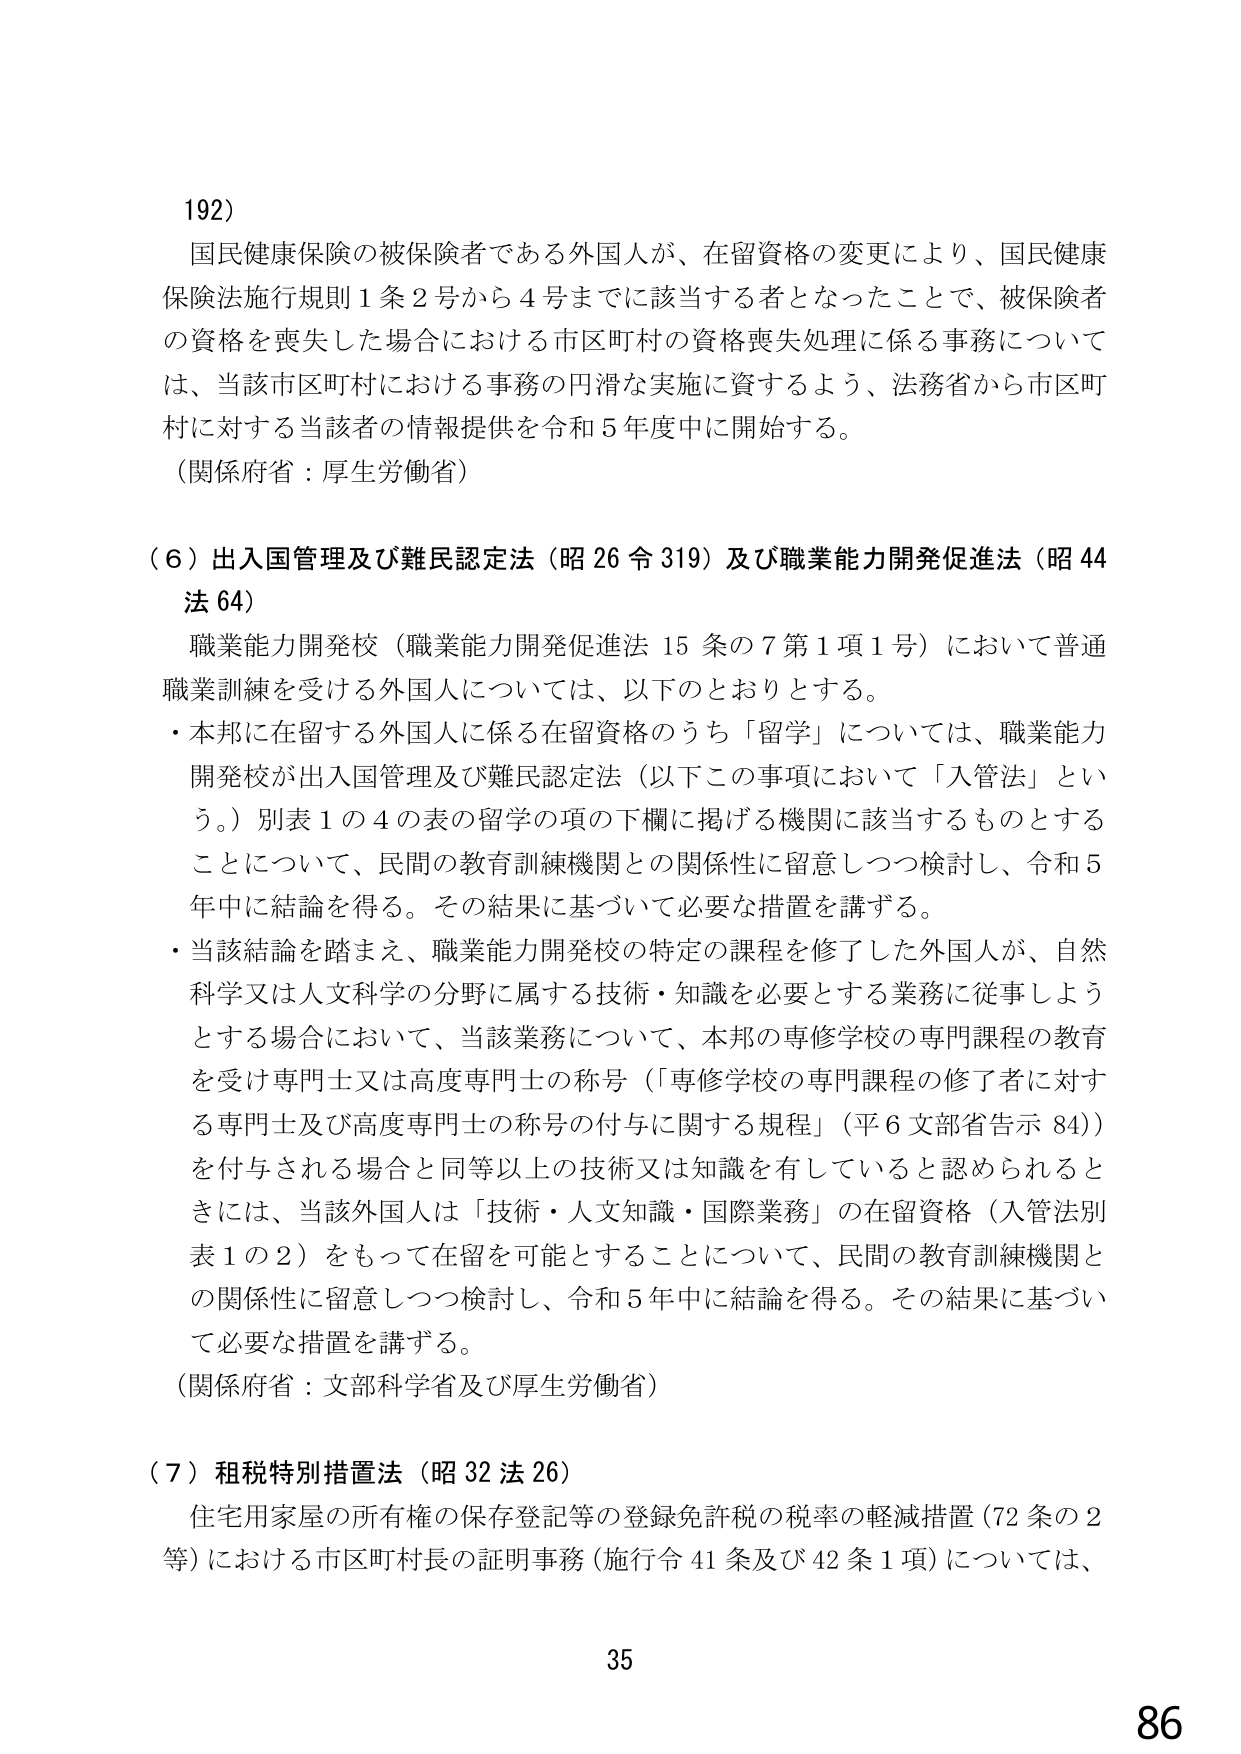
192)

国民健康保険の被保険者である外国人が、在留資格の変更により、国民健康保険法施行規則1条2号から4号までに該当する者となったことで、被保険者の資格を喪失した場合における市区町村の資格喪失処理に係る事務については、当該市区町村における事務の円滑な実施に資するよう、法務省から市区町村に対する当該者の情報提供を令和5年度中に開始する。

（関係府省：厚生労働省）

（6）出入国管理及び難民認定法（昭26令319）及び職業能力開発促進法（昭44法64）

職業能力開発校（職業能力開発促進法15条の7第1項1号）において普通職業訓練を受ける外国人については、以下のとおりとする。

・本邦に在留する外国人に係る在留資格のうち「留学」については、職業能力開発校が出入国管理及び難民認定法（以下この事項において「入管法」という。）別表1の4の表の留学の項の下欄に掲げる機関に該当するものとすることについて、民間の教育訓練機関との関係性に留意しつつ検討し、令和5年中に結論を得る。その結果に基づいて必要な措置を講ずる。

・当該結論を踏まえ、職業能力開発校の特定の課程を修了した外国人が、自然科学又は人文科学の分野に属する技術・知識を必要とする業務に従事しようとする場合において、当該業務について、本邦の専修学校の専門課程の教育を受け専門士又は高度専門士の称号（「専修学校の専門課程の修了者に対する専門士及び高度専門士の称号の付与に関する規程」（平6文部省告示84））を付与される場合と同等以上の技術又は知識を有していると認められるときには、当該外国人は「技術・人文知識・国際業務」の在留資格（入管法別表1の2）をもって在留を可能とすることについて、民間の教育訓練機関との関係性に留意しつつ検討し、令和5年中に結論を得る。その結果に基づいて必要な措置を講ずる。

（関係府省：文部科学省及び厚生労働省）

（7）租税特別措置法（昭32法26）

住宅用家屋の所有権の保存登記等の登録免許税の税率の軽減措置（72条の2等）における市区町村長の証明事務（施行令41条及び42条1項）については、

35

86